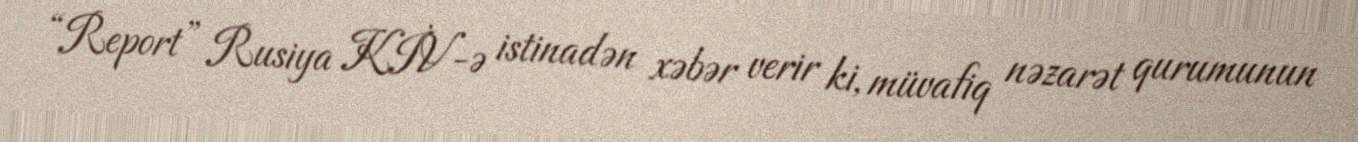
“Report” Rusiya KİV-ə istinadən xəbər verir ki, müvafiq nəzarət qurumunun